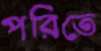
পরিতে